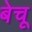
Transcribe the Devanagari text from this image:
बेचू